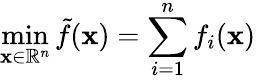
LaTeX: \operatorname*{min}_{\mathbf{x}\in\mathbb{{R}}^{n}}\tilde{{f}}(\mathbf{x})=\sum_{i=1}^{n}f_{i}(\mathbf{x})